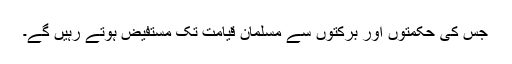
جس کی حکمتوں اور برکتوں سے مسلمان قیامت تک مستفیض ہوتے رہیں گے۔